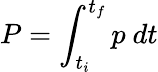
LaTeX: P=\int_{t_{i}}^{t_{f}}p~dt